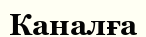
Каналға